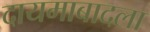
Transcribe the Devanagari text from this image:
दायमाबादला